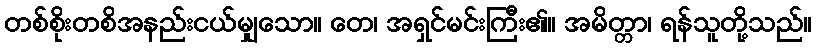
တစ်စိုးတစိအနည်းငယ်မျှသော။ တေ၊ အရှင်မင်းကြီး၏။ အမိတ္တာ၊ ရန်သူတို့သည်။